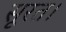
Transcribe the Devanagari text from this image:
सूरत।